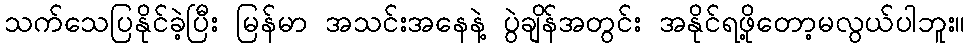
သက်သေပြနိုင်ခဲ့ပြီး မြန်မာ အသင်းအနေနဲ့ ပွဲချိန်အတွင်း အနိုင်ရဖို့တော့မလွယ်ပါဘူး။